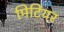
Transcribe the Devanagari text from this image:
मिटियर